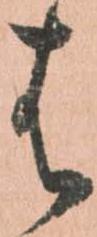
は